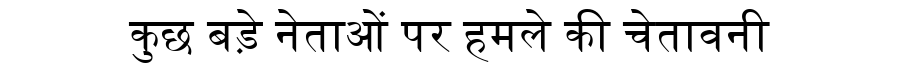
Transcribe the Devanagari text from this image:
कुछ बड़े नेताओं पर हमले की चेतावनी